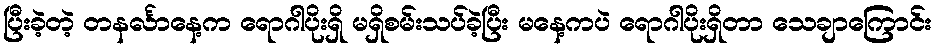
ပြီးခဲ့တဲ့ တနင်္လာနေ့က ရောဂါပိုးရှိ မရှိစမ်းသပ်ခဲ့ပြီး မနေ့ကပဲ ရောဂါပိုးရှိတာ သေချာကြောင်း